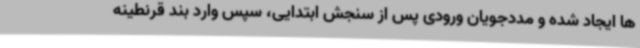
ها ایجاد شده و مددجویان ورودی پس از سنجش ابتدایی، سپس وارد بند قرنطینه